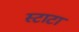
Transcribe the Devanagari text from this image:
स्टाटा